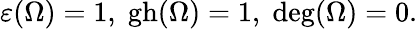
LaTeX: \varepsilon(\Omega)=1,\; \mathrm{gh}(\Omega)=1,\; \mathrm{deg}(\Omega)=0.